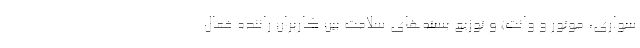
سواری، موتور و وانت) و توزیع بسته‌های سلامت بین کاربران راننده فعال